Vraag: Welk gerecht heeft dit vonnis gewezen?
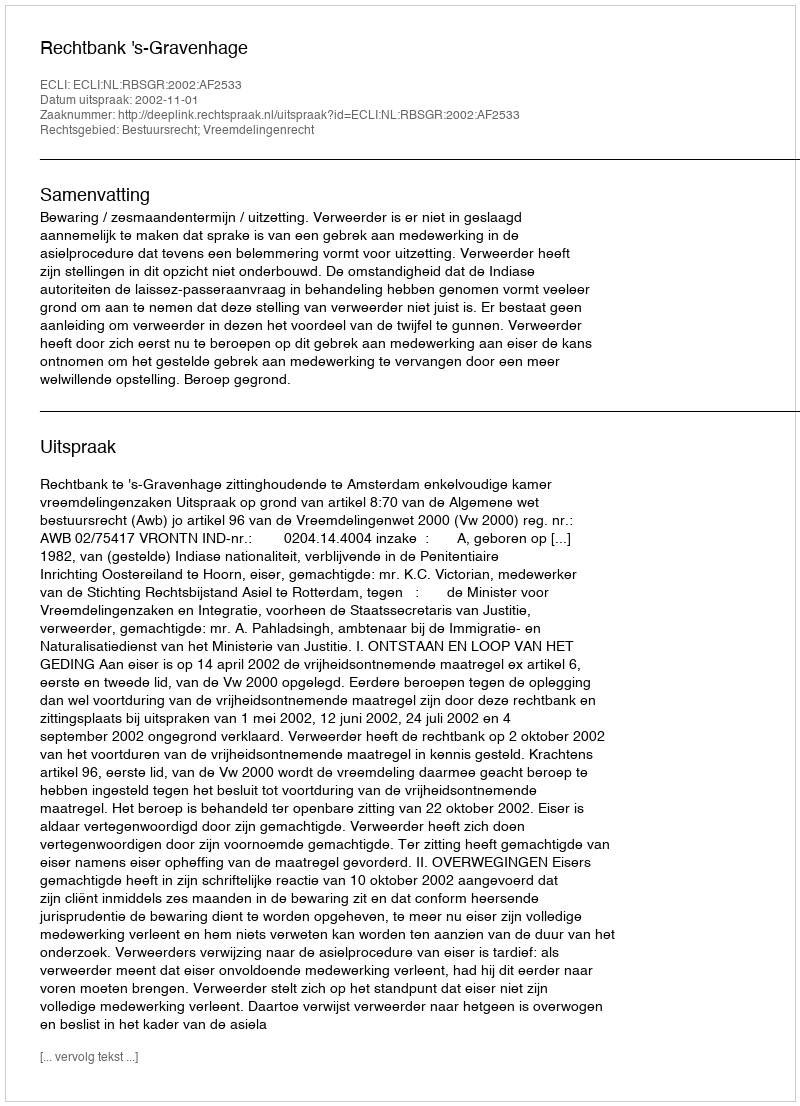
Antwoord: Rechtbank 's-Gravenhage